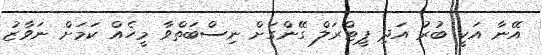
އޭނާ އަކީ ބުރު އަދި ޕީޓްރަލް ގޭންގަށް ނިސްބަތްވާ މީހެއް ކަމަށް ނަވާޒު